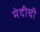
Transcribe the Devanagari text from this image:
मेदीची